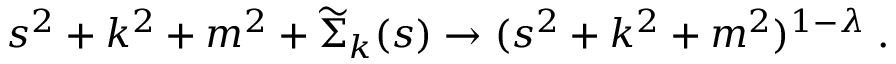
s ^ { 2 } + k ^ { 2 } + m ^ { 2 } + \widetilde { \Sigma } _ { k } ( s ) \rightarrow ( s ^ { 2 } + k ^ { 2 } + m ^ { 2 } ) ^ { 1 - \lambda } \; .